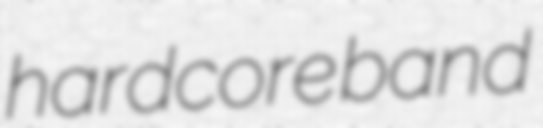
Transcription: hardcore band